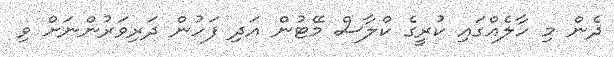
ދެން މި ހާލެއްގައި ކުރީގެ ކްލާސް މޭޓުން އަދި ފަހުން ދަރިވަރުންނަށް ވި